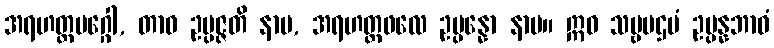
အရဟတ္တမဂ္ဂေါ, တာဝ ဥပ္ပဇ္ဇတိ နာမ, အရဟတ္တဖလေ ဥပ္ပန္နော နာမ။ ဣဓ သဗ္ဗပဌမံ ဥပ္ပန္နဘာဝံ